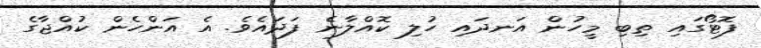
ފޮޓޯގައި ތިބި މީހުން އަނދައި ހުލި ކޮއްލާނެ ފަދައެވެ. އެ އަންހެން ކުއްޖާގެ